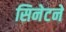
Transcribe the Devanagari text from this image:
सिनेटने